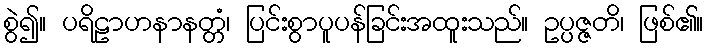
စွဲ၍။ ပရိဠာဟနာနတ္တံ၊ ပြင်းစွာပူပန်ခြင်းအထူးသည်။ ဥပ္ပဇ္ဇတိ၊ ဖြစ်၏။